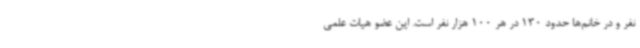
نفر و در خانم‌ها حدود 130 در هر 100 هزار نفر است. این عضو هیات علمی